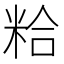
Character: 粭